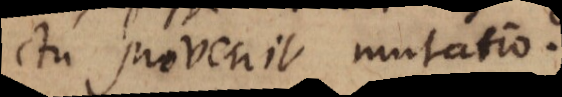
ctu provenit mutatio.